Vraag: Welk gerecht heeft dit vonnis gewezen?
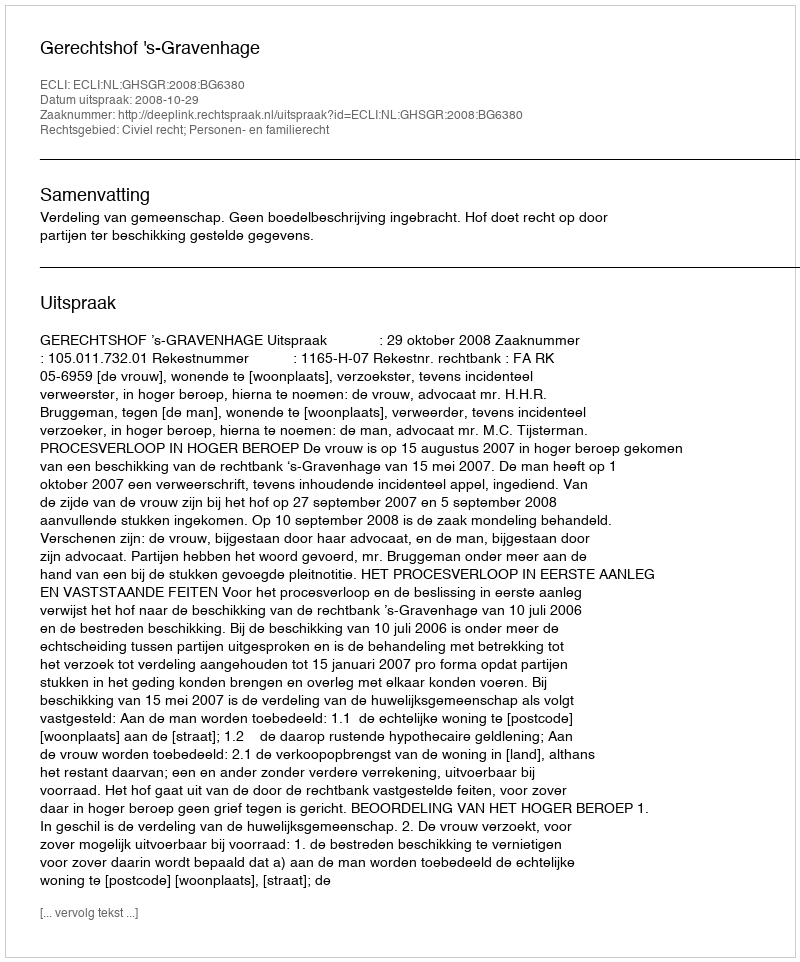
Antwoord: Gerechtshof 's-Gravenhage